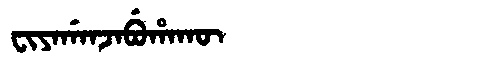
Manchu: ᠸᡳᠶᠠᡤᠠᠨᠵᠠᠪᡠᡥᠠᡴᡡ
Romanization: FIYAGANJABUHAKŪ